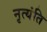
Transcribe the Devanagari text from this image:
नृत्यंति